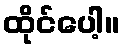
ထိုင်ပေါ့။